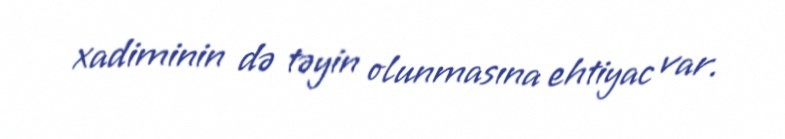
xadiminin də təyin olunmasına ehtiyac var.